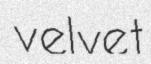
velvet